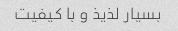
بسیار لذیذ و با کیفیت